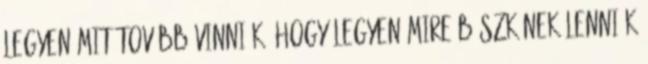
legyen mit tovább vinniük, hogy legyen mire BÜSZKÉNEK lenniük